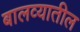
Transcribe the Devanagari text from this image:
बालव्यातील